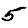
Digit: 5